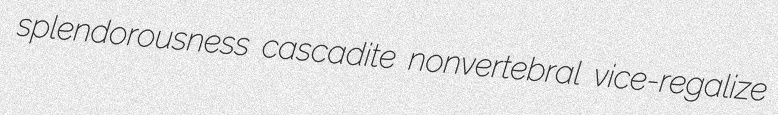
splendorousness cascadite nonvertebral vice-regalize